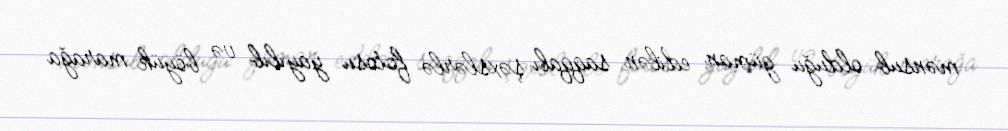
mənsub olduğu güman edilən saqqalı şəxslərlə fotosu yayılıb və böyük marağa